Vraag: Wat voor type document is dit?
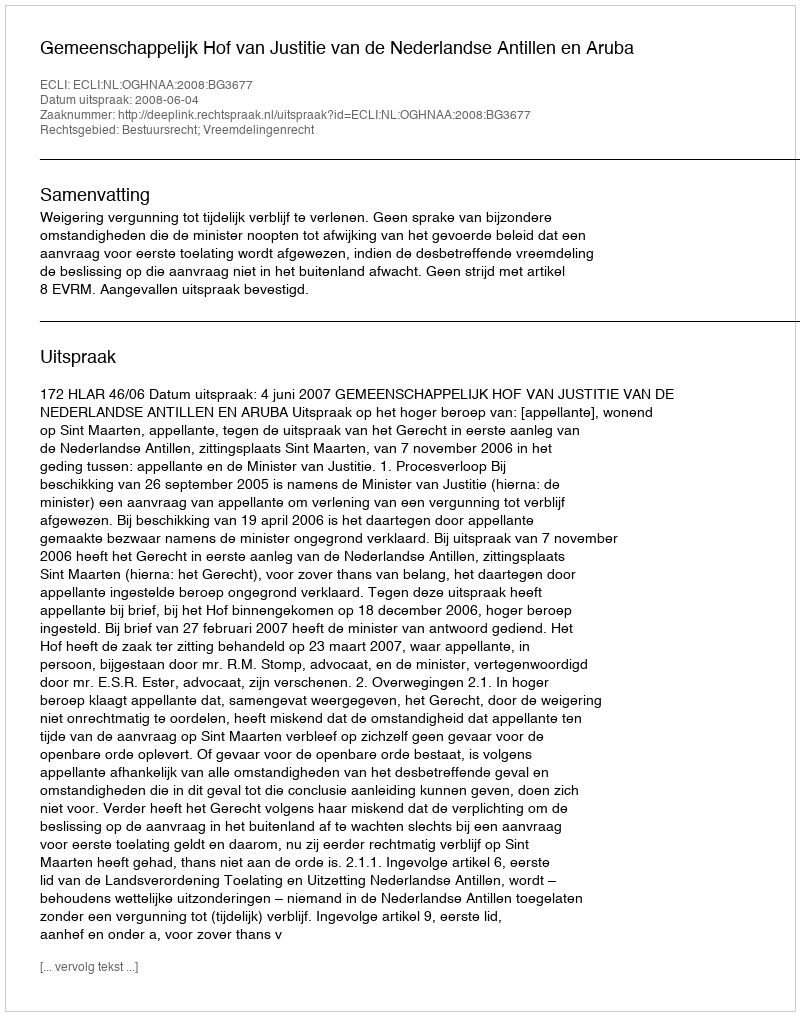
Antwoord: Uitspraak